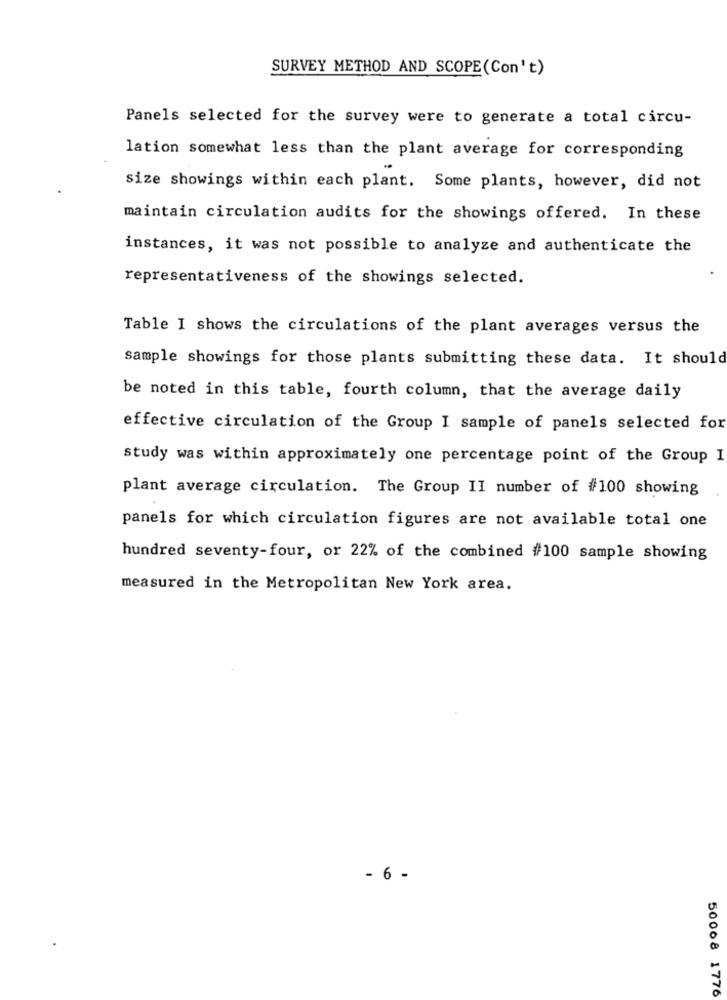
SURVEY METHOD AND SCOPE(Con't)
Panels selected for the survey were to generate a total circu-
lation somewhat less than the plant average for corresponding
size showings within each plant. Some plants, however, did not
maintain circulation audits for the showings offered. In these
instances, it was not possible to analyze and authenticate the
representativeness of the showings selected.
Table I shows the circulations of the plant averages versus the
sample showings for those plants submitting these data. It should
be noted in this table, fourth column, that the average daily
effective circulation of the Group I sample of panels selected for
study was within approximately one percentage point of the Group I
plant average circulation. The Group II number of #100 showing
panels for which circulation figures are not available total one
hundred seventy-four, or 22% of the combined #100 sample showing
measured in the Metropolitan New York area.
- 6 -
50008 1776